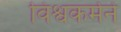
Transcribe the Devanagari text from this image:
विश्वकर्मने